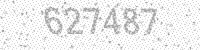
Solution: 627487